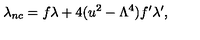
\lambda _ { n c } = f \lambda + 4 ( u ^ { 2 } - \Lambda ^ { 4 } ) f ^ { \prime } \lambda ^ { \prime } ,